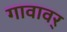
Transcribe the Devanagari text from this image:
गावावर्